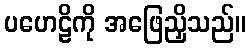
ပဟေဠိကို အဖြေညှိသည်။